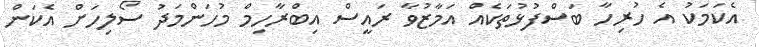
އެކަމަކު އެ ހުރިހާ ބަސްފުޅުތަކެއް އަމާޒުވާ ރައީސް އިބްރާހިމް މުހަންމަދު ސޯލިހަށް އެކަން